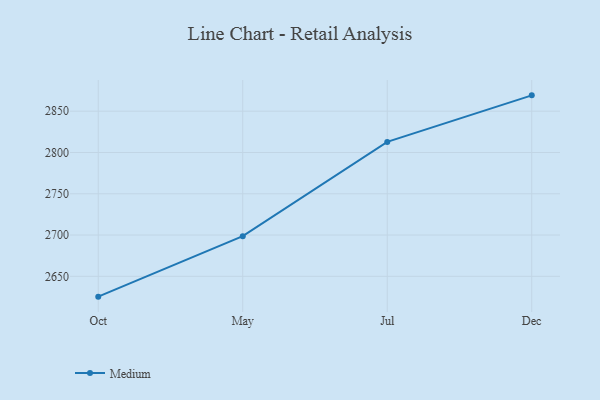
{"axis": {"x": "Month", "y": "Gross Profit (USD K)"}, "legend": ["Medium"], "data": [{"x": "Oct", "y": 2625.4, "type": "Medium"}, {"x": "May", "y": 2698.6, "type": "Medium"}, {"x": "Jul", "y": 2812.8, "type": "Medium"}, {"x": "Dec", "y": 2869.2, "type": "Medium"}]}